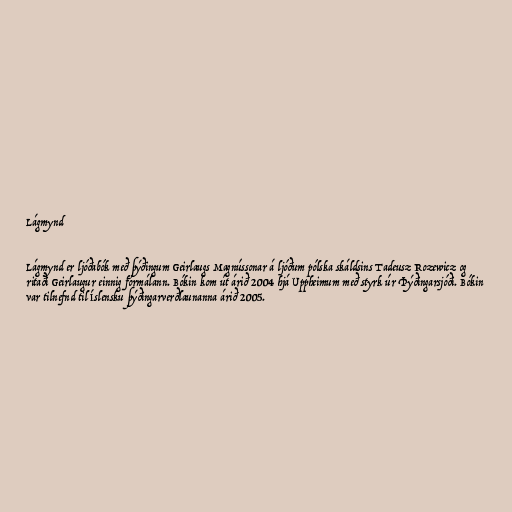
Lágmynd

Lágmynd er ljóðabók með þýðingum Geirlaugs Magnússonar á ljóðum pólska skáldsins Tadeusz Rozewicz og
ritaði Geirlaugur einnig formálann. Bókin kom út árið 2004 hjá Uppheimum með styrk úr Þýðingarsjóði. Bókin
var tilnefnd til Íslensku þýðingarverðlaunanna árið 2005.